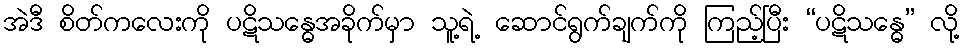
အဲဒီ စိတ်ကလေးကို ပဋိသန္ဓေအခိုက်မှာ သူ့ရဲ့ ဆောင်ရွက်ချက်ကို ကြည့်ပြီး “ပဋိသန္ဓေ” လို့